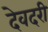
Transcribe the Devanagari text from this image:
देवदरी